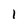
Character: I